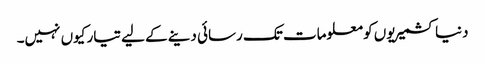
دنیا کشمیریوں کو معلومات تک رسائی دینے کے لیے تیار کیوں نہیں۔